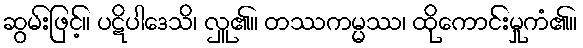
ဆွမ်းဖြင့်။ ပဋိပါဒေသိ၊ လှူ၏။ တဿကမ္မဿ၊ ထိုကောင်းမှုကံ၏။